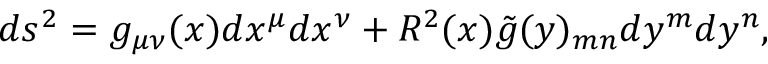
d s ^ { 2 } = g _ { \mu \nu } ( x ) d x ^ { \mu } d x ^ { \nu } + R ^ { 2 } ( x ) \tilde { g } ( y ) _ { m n } d y ^ { m } d y ^ { n } ,